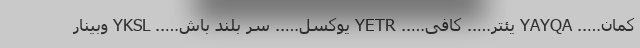
کمان….. YAYQA یئتر….. کافی….. YETR یوکسل….. سر بلند باش….. YKSL وبینار